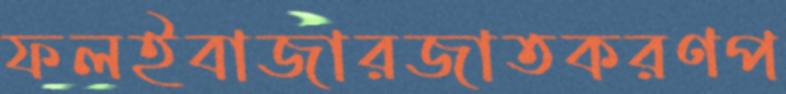
ফলইবাজারজাতকরণপ